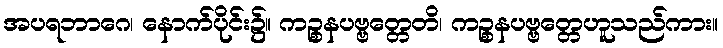
အပရဘာဂေ၊ နောက်ပိုင်း၌။ ကဉ္စနပဗ္ဗတ္တေတိ၊ ကဉ္စနပဗ္ဗတ္တေဟူသည်ကား။